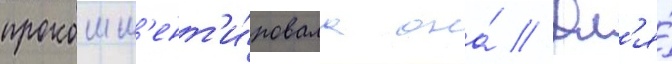
прокомм'ент'и́ровала она́ // Дл'я́